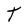
Character: t